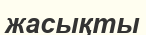
жасықты